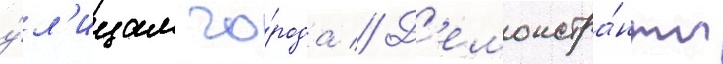
у́л'ицам го́рода // Д'емонстра́нты